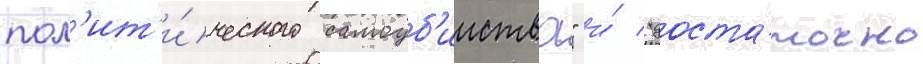
пол'ит'и́ческого самоуб'ииства" и́ "доста́точно